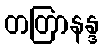
တတြာနန္ဒ